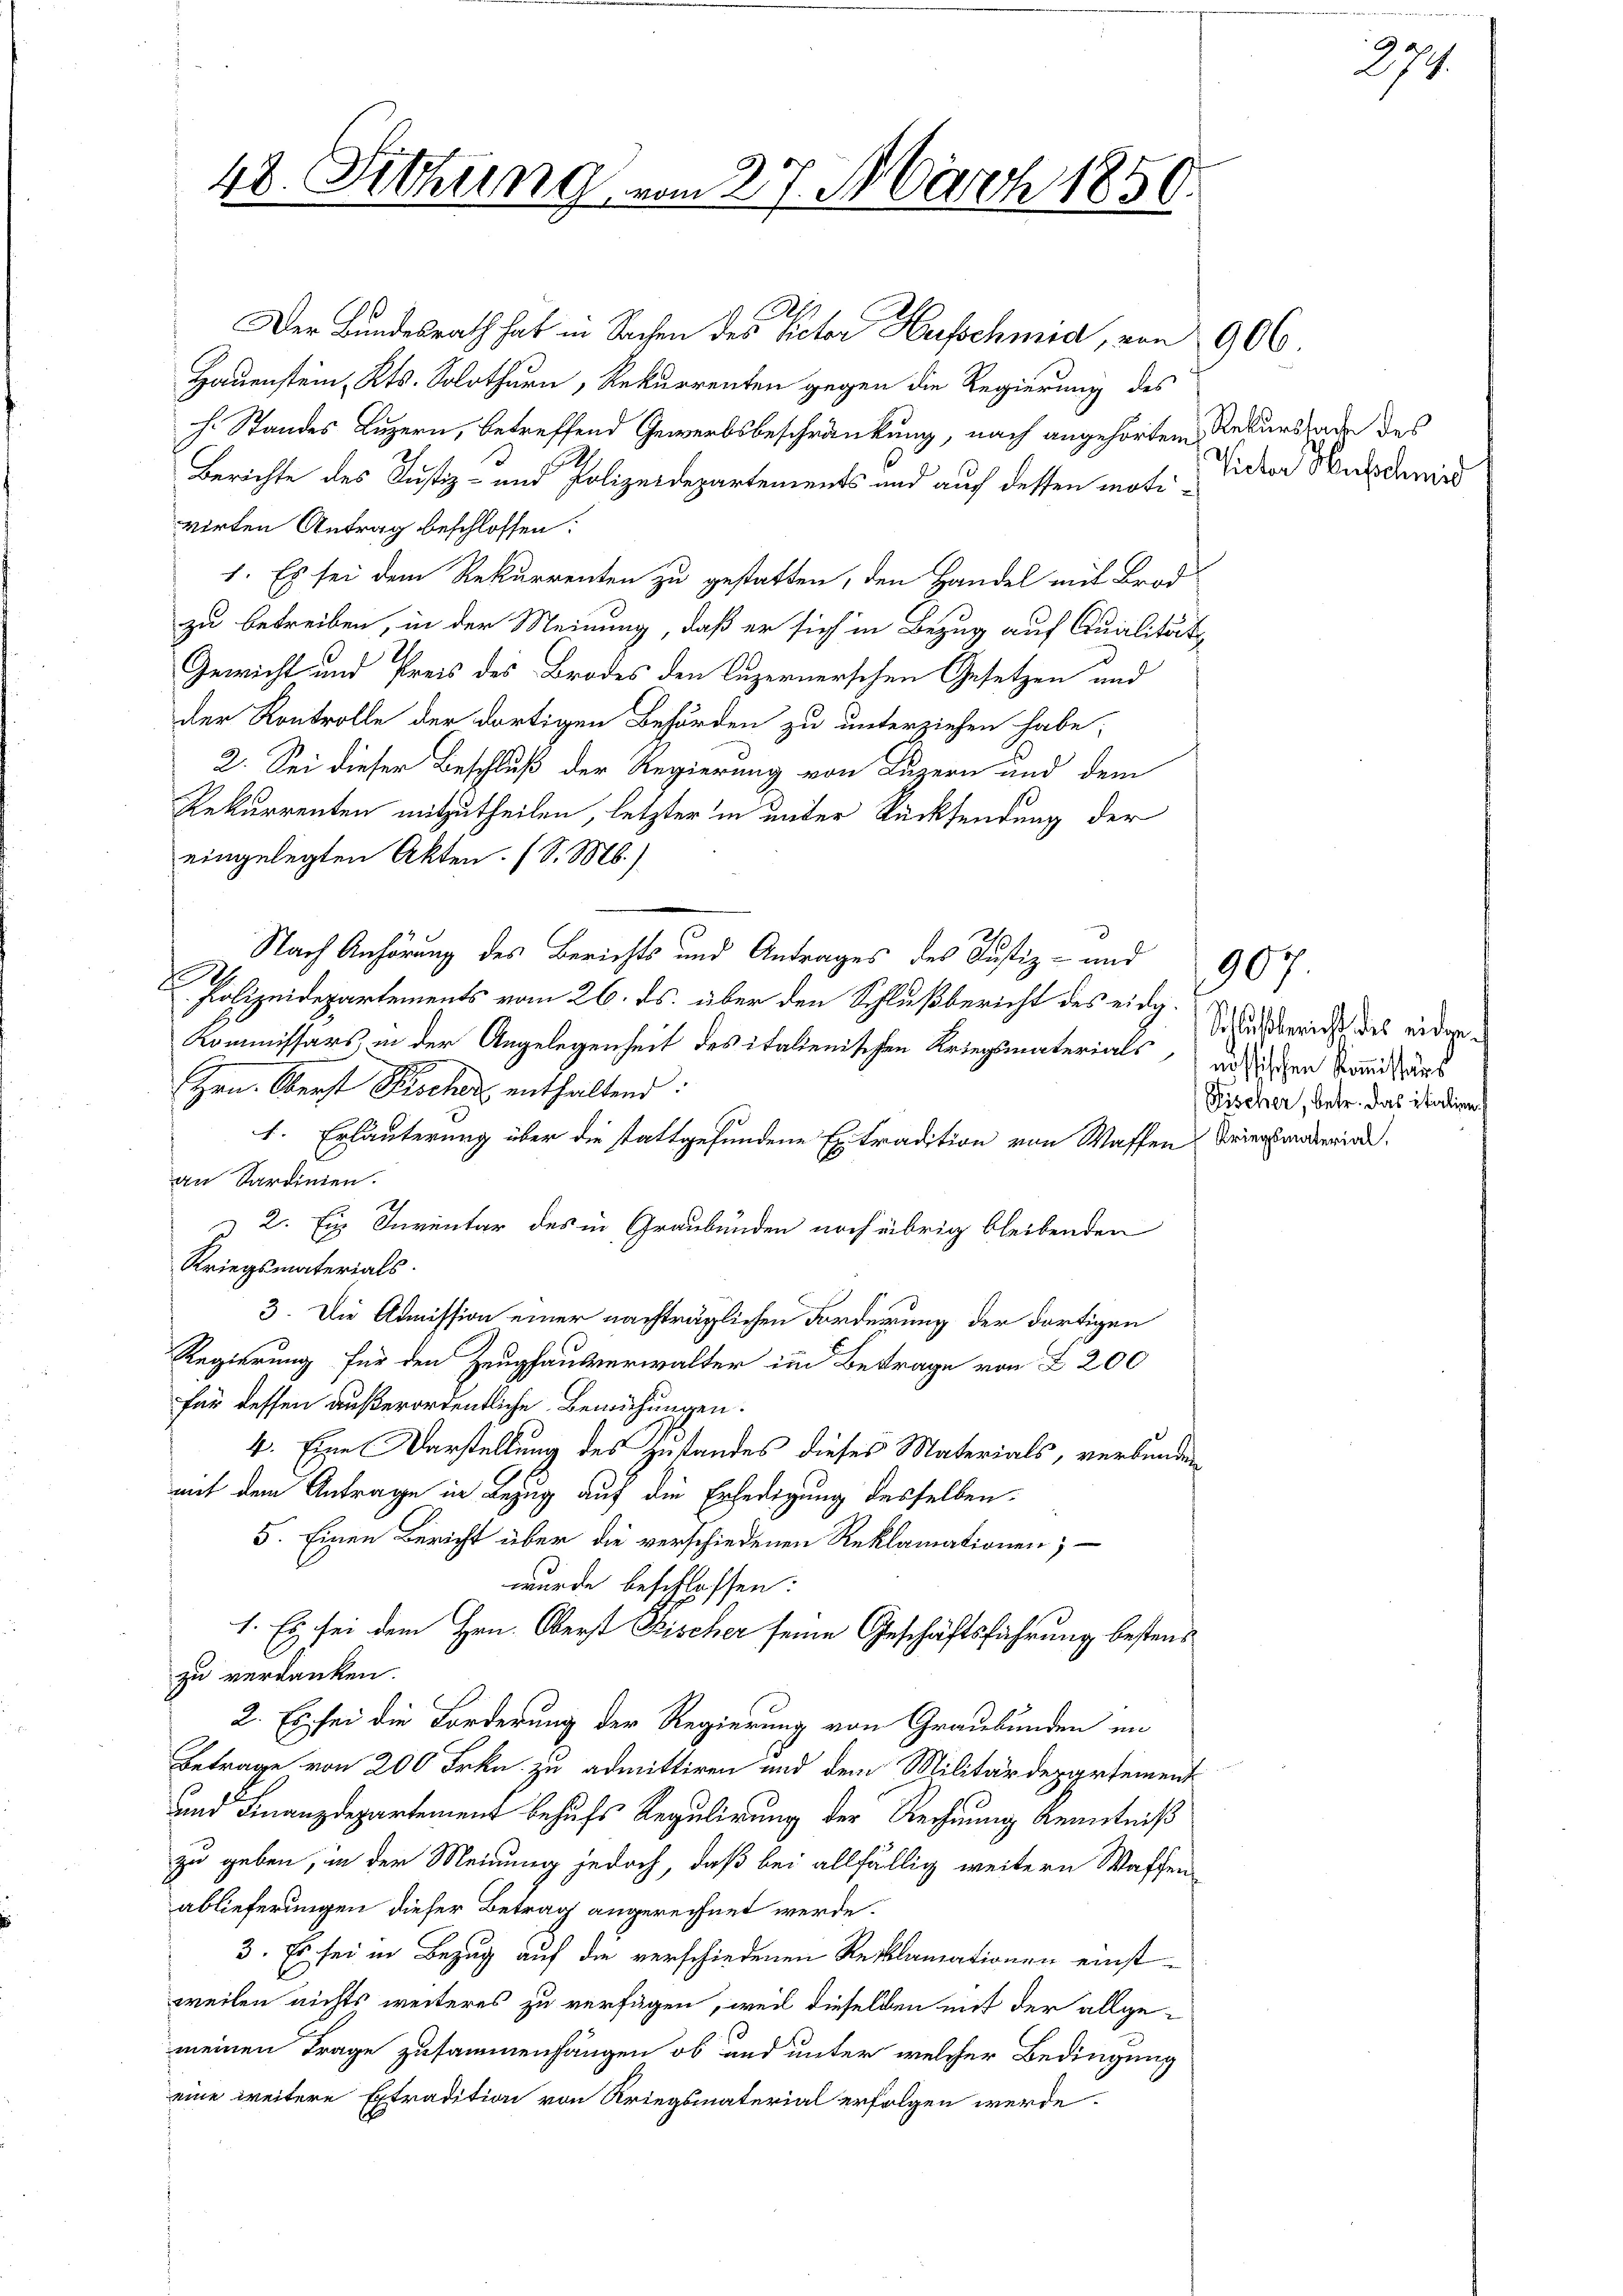
48. Sitzung

im 27. Nach 1850.

Der Bundesrath hat in Sachen des Rector Hufschmid, von 906.
Hauenstein, Kts. Solothurn, Rekurrenten gegen die Regierung des
h. Standes Luzern, betreffend Gewerbsbeschränkung, nach angehörtem Rekurssade des
Berichte des Justiz- und Polizeidepartements und auf dessen motivirten Antrag beschlossen:
1. Es sei dem Rekurrenten zu gestatten, den Handel mit Brod
zu betreiben, in der Meinung, daß er sich in Bezug auf Qualitäts
Gewicht und Preis des Brodes den Luzernerschen Gesetzen und
der Kontrolle der dortigen Behörden zu unterziehen habe;
2. Sei dieser Beschluß der Regierung von Luzern und dem
Rekurrenten mitzutheilen, letzter in unter Rücksendung der
eingelegten Akten. (S. M.)
Nach Anhörung des Berichts und Antrages des Justiz- und
Polizeidepartements vom 26. ds. über den Schlußbericht des eidg.
Kommissärs in der Angelegenheit des italienischen Kriegsmaterials an dischen Band aus
Hrn. Oberst Pisches enthaltend:
1. Erläuterung über die stattgefundene Extradition von Waffen Kriegsmaterial.
an Sardinien.
2. Ein Inventar des in Graubünden noch übrig bleibenden
Kriegsmaterials.
3. Die Admission einer nachträglichen Forderung der dortigen
Regierung für den Zeughausverwalter im Betrage von § 200
für dessen außerordentliche Bemühungen.
4. Eine Darstellung des Zustandes dieses Materials, verbunden
mit dem Antrage in Bezug auf die Erledigung desselben.
5. Einen Bericht über die verschiedenen Reklamationen;
wurde beschlossen:
1. Es sei dem Hrn. Oberst Fischer seine Geschäftsführung bestenzu verdanken.
2. Es sei die Forderung der Regierung von Graubünden in
Betrage von 200 Frkn. zu admittiren und dem Militärdepartement
und Finanzdepartement behufs Regulirung der Rechnung Kenntniß
zu geben, in der Meinung jedoch, daß bei allfällig weitern Waffen
ablieferungen dieser Betrag angerechnet werde.
3. Es sei in Bezug auf die verschiedenen Reklamationen einstweilen nichts weiteres zu versagen, weil dieselben mit der allgemeinen Frage zusammenhängen ob und unter welcher Bedingung
eine weitere Extradition von Kriegsmaterial erfolgen werde.

n

Victor Hufschmid

907.
Schlussbericht des eidge¬
Fischer, betr. das italien.

27